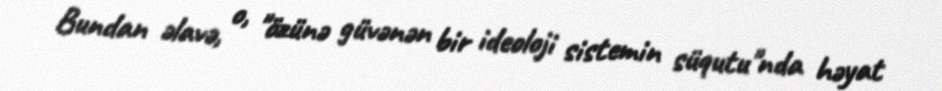
Bundan əlavə, o, "özünə güvənən bir ideoloji sistemin süqutu"nda həyat